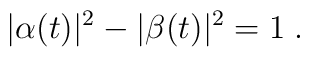
|\alpha(t)|^2-|\beta(t)|^2=1\;.